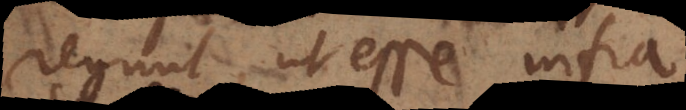
regunt, ut esse infra,